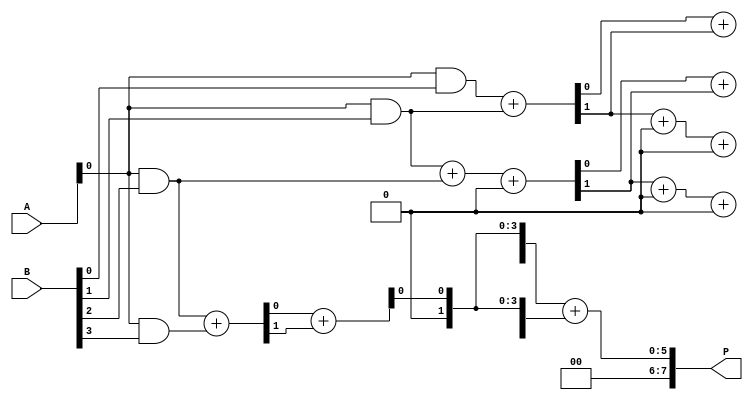
module WallaceTreeMultiplier #(parameter N = 4) (
    input  [N-1:0] A,
    input  [N-1:0] B,
    output [2*N-1:0] P
);

// Generate Partial Products
wire [N-1:0] pp [N-1:0];

genvar i, j;
generate
    for (i = 0; i < N; i = i + 1) begin : partial_product_gen
        assign pp[i] = A & {N{B[i]}};
    end
endgenerate

// Wallace Tree Reduction
wire [N-1:0] sum [N-1:0];
wire [N-1:0] carry [N-1:0];

// Initial layer of adders
generate
    for (i = 0; i < N-1; i = i + 1) begin : first_layer
        if (i % 2 == 0) begin
            assign {carry[i], sum[i]} = pp[i][0] + pp[i+1][0]; // Half adder
        end else begin
            assign {carry[i], sum[i]} = pp[i][0] + pp[i+1][0] + carry[i-1]; // Full adder
        end
    end
endgenerate

// Subsequent layers
wire [N-1:0] sum_next [N-1:0];
wire [N-1:0] carry_next [N-1:0];

genvar layer;
generate
    for (layer = 1; layer < N; layer = layer + 1) begin : reduce_layers
        for (i = 0; i < N-layer; i = i + 1) begin : adder_layer
            if (i % 2 == 0) begin
                assign {carry_next[layer][i], sum_next[layer][i]} = sum[layer-1][i] + sum[layer-1][i+1]; // Half adder
            end else begin
                assign {carry_next[layer][i], sum_next[layer][i]} = sum[layer-1][i] + sum[layer-1][i+1] + carry[layer-1][i-1]; // Full adder
            end
        end
        assign carry[layer] = carry_next[layer];
        assign sum[layer] = sum_next[layer];
    end
endgenerate

// Final addition of the last two rows
wire [2*N-1:0] final_sum;
assign final_sum = {carry[N-1][0], sum[N-1]} + {carry[N-1][1], sum[N-1]};

// Assign output product
assign P = final_sum;

endmodule